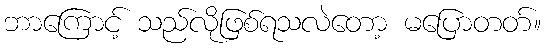
ဘာကြောင့် သည်လိုဖြစ်ရသလဲတော့ မပြောတတ်။